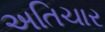
અતિચાર